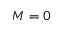
M = 0